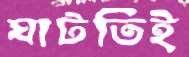
ঘাটতিই